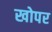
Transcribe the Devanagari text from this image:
खोपर